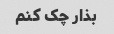
بذار چک کنم